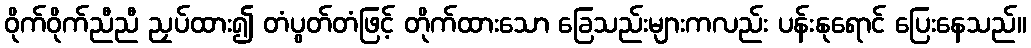
ဝိုက်ဝိုက်ညီညီ ညှပ်ထား၍ တံပွတ်တံဖြင့် တိုက်ထားသော ခြေသည်းများကလည်း ပန်းနုရောင် ပြေးနေသည်။